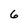
Character: 6